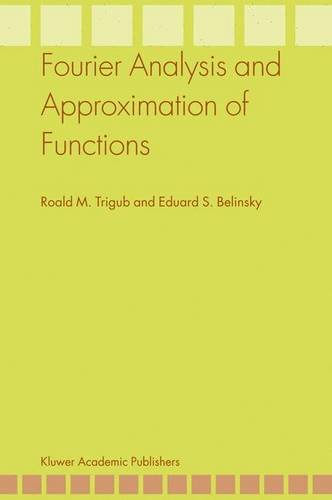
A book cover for Fourier Analysis and Approximation of Functions; Roald M. Trigub; Science & Math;